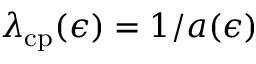
\lambda _ { \mathrm { c p } } ( \epsilon ) = 1 / a ( \epsilon )